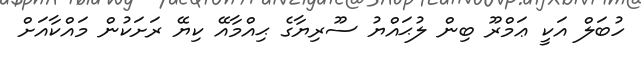
ހުބަލް އަކީ ޢަމްރޫ ބިން ލުޙައްޔު ސޫރިޔާގެ ޙިއްމާއޭ ކިޔޭ ރަށަކުން މައްކާއަށް